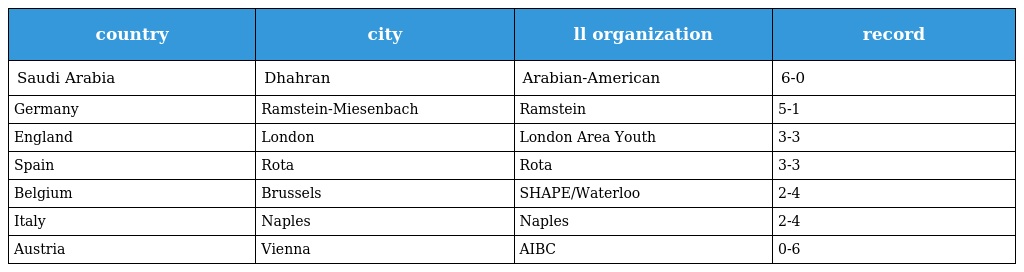
| country | city | ll organization | record |
 | --- | --- | --- | --- |
 | Saudi Arabia | Dhahran | Arabian-American | 6-0 |
 | Germany | Ramstein-Miesenbach | Ramstein | 5-1 |
 | England | London | London Area Youth | 3-3 |
 | Spain | Rota | Rota | 3-3 |
 | Belgium | Brussels | SHAPE/Waterloo | 2-4 |
 | Italy | Naples | Naples | 2-4 |
 | Austria | Vienna | AIBC | 0-6 |